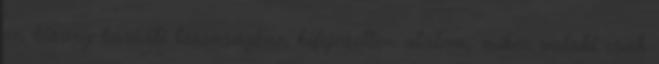
én bizony barűáti társaságban kifejezetten utálom, mikor valaki csak